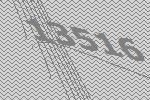
13516